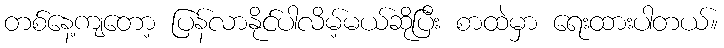
တစ်နေ့ကျတော့ ပြန်လာနိုင်ပါလိမ့်မယ်ဆိုပြီး စာထဲမှာ ရေးထားပါတယ်။